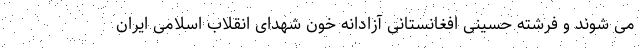
می شوند و فرشته حسینی افغانستانی آزادانه خون شهدای انقلاب اسلامی ایران